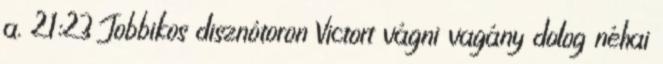
a. 21:23 Jobbikos disznótoron Victort vágni vagány dolog néhai